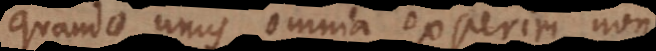
quando unus omnia experiri non